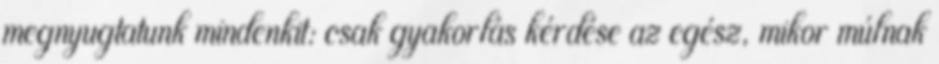
megnyugtatunk mindenkit: csak gyakorlás kérdése az egész, mikor múlnak